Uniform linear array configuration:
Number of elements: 32
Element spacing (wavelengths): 0.75
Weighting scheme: binomial
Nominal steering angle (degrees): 15
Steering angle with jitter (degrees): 15.766
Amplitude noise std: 0.05
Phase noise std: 0.05

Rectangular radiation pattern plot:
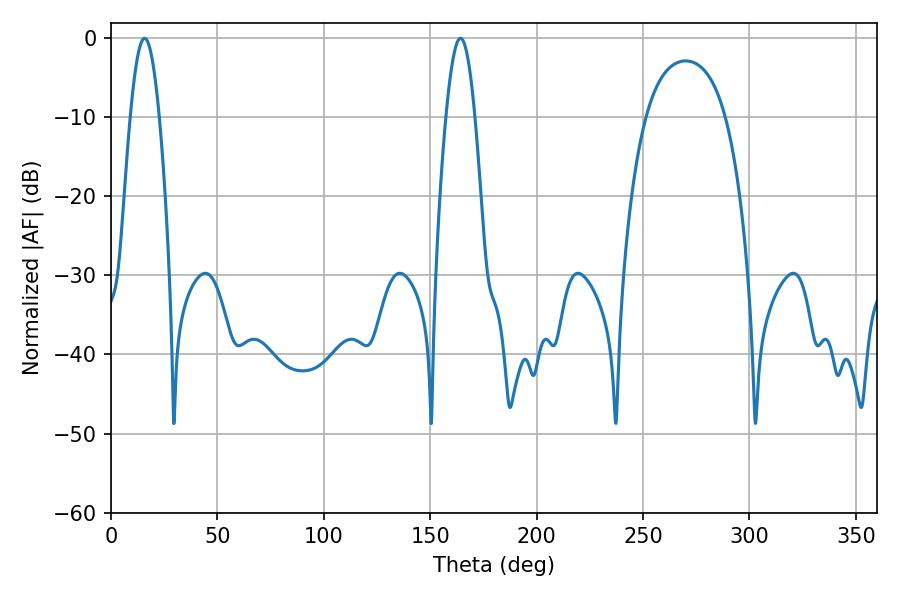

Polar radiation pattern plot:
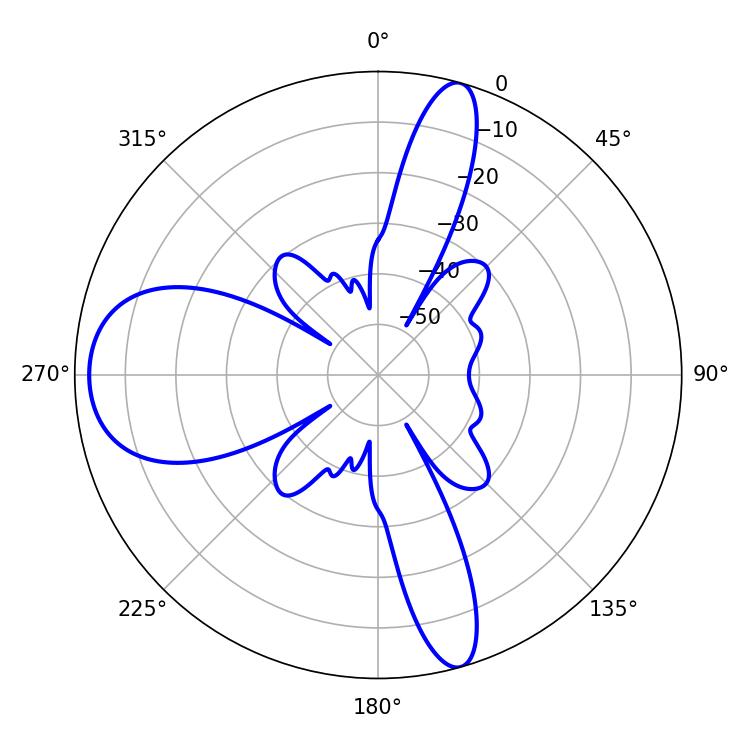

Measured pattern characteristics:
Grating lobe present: TRUE
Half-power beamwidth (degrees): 7.38
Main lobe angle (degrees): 15.84